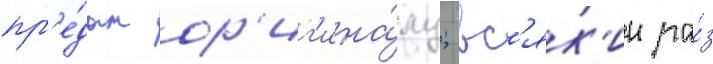
пр'е́дан ор'иг'ина́лу; вс'як'ии ра́з